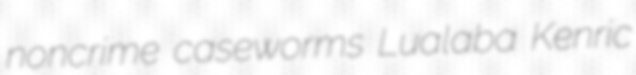
noncrime caseworms Lualaba Kenric